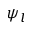
\psi _ { l }